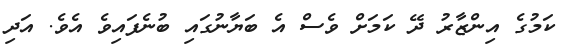
ކަމުގެ އިންޒާރު ދޭ ކަމަށް ވެސް އެ ބަޔާނުގައި ބުނެފައިވެ އެވެ. އަދި